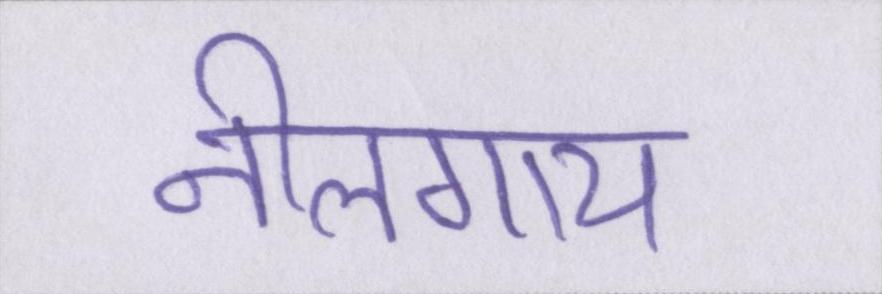
नीलगाय